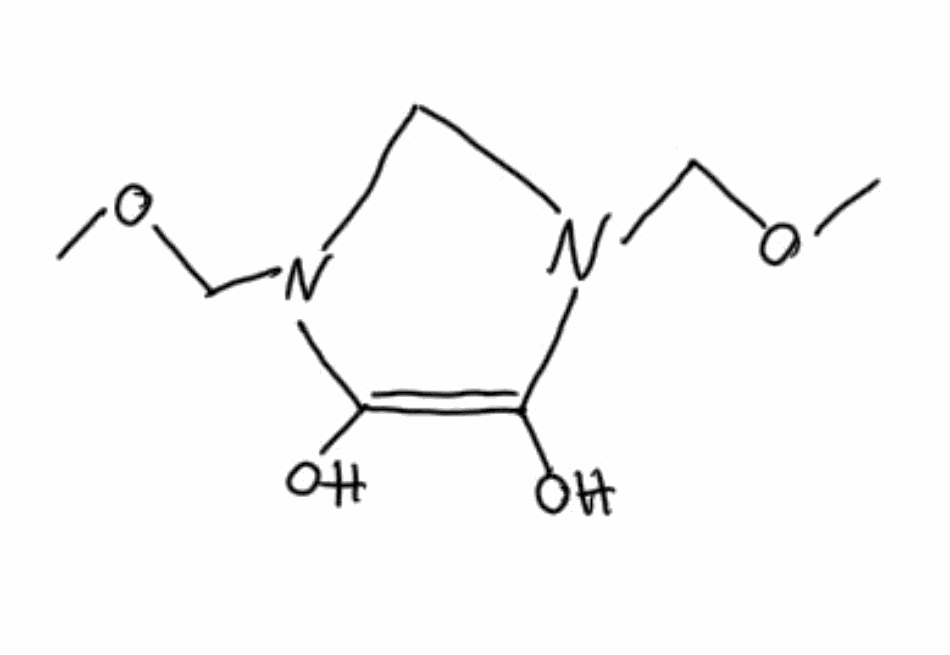
Simplified molecular-input line-entry system (SMILES) notation of the given molecule:
COCN1CN(C(=C1O)O)COC